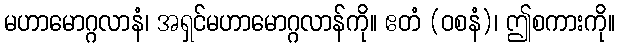
မဟာမောဂ္ဂလာနံ၊ အရှင်မဟာမောဂ္ဂလာန်ကို။ ဧတံ (ဝစနံ)၊ ဤစကားကို။